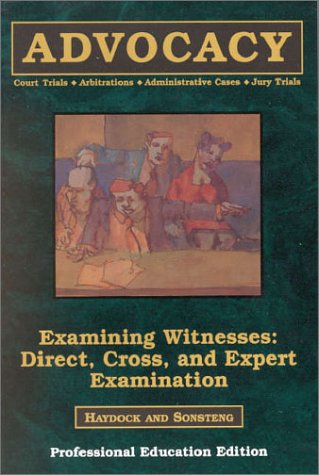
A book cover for Examining Witnesses: Direct, Cross, and Expert Examinations; Roger Haydock; Law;